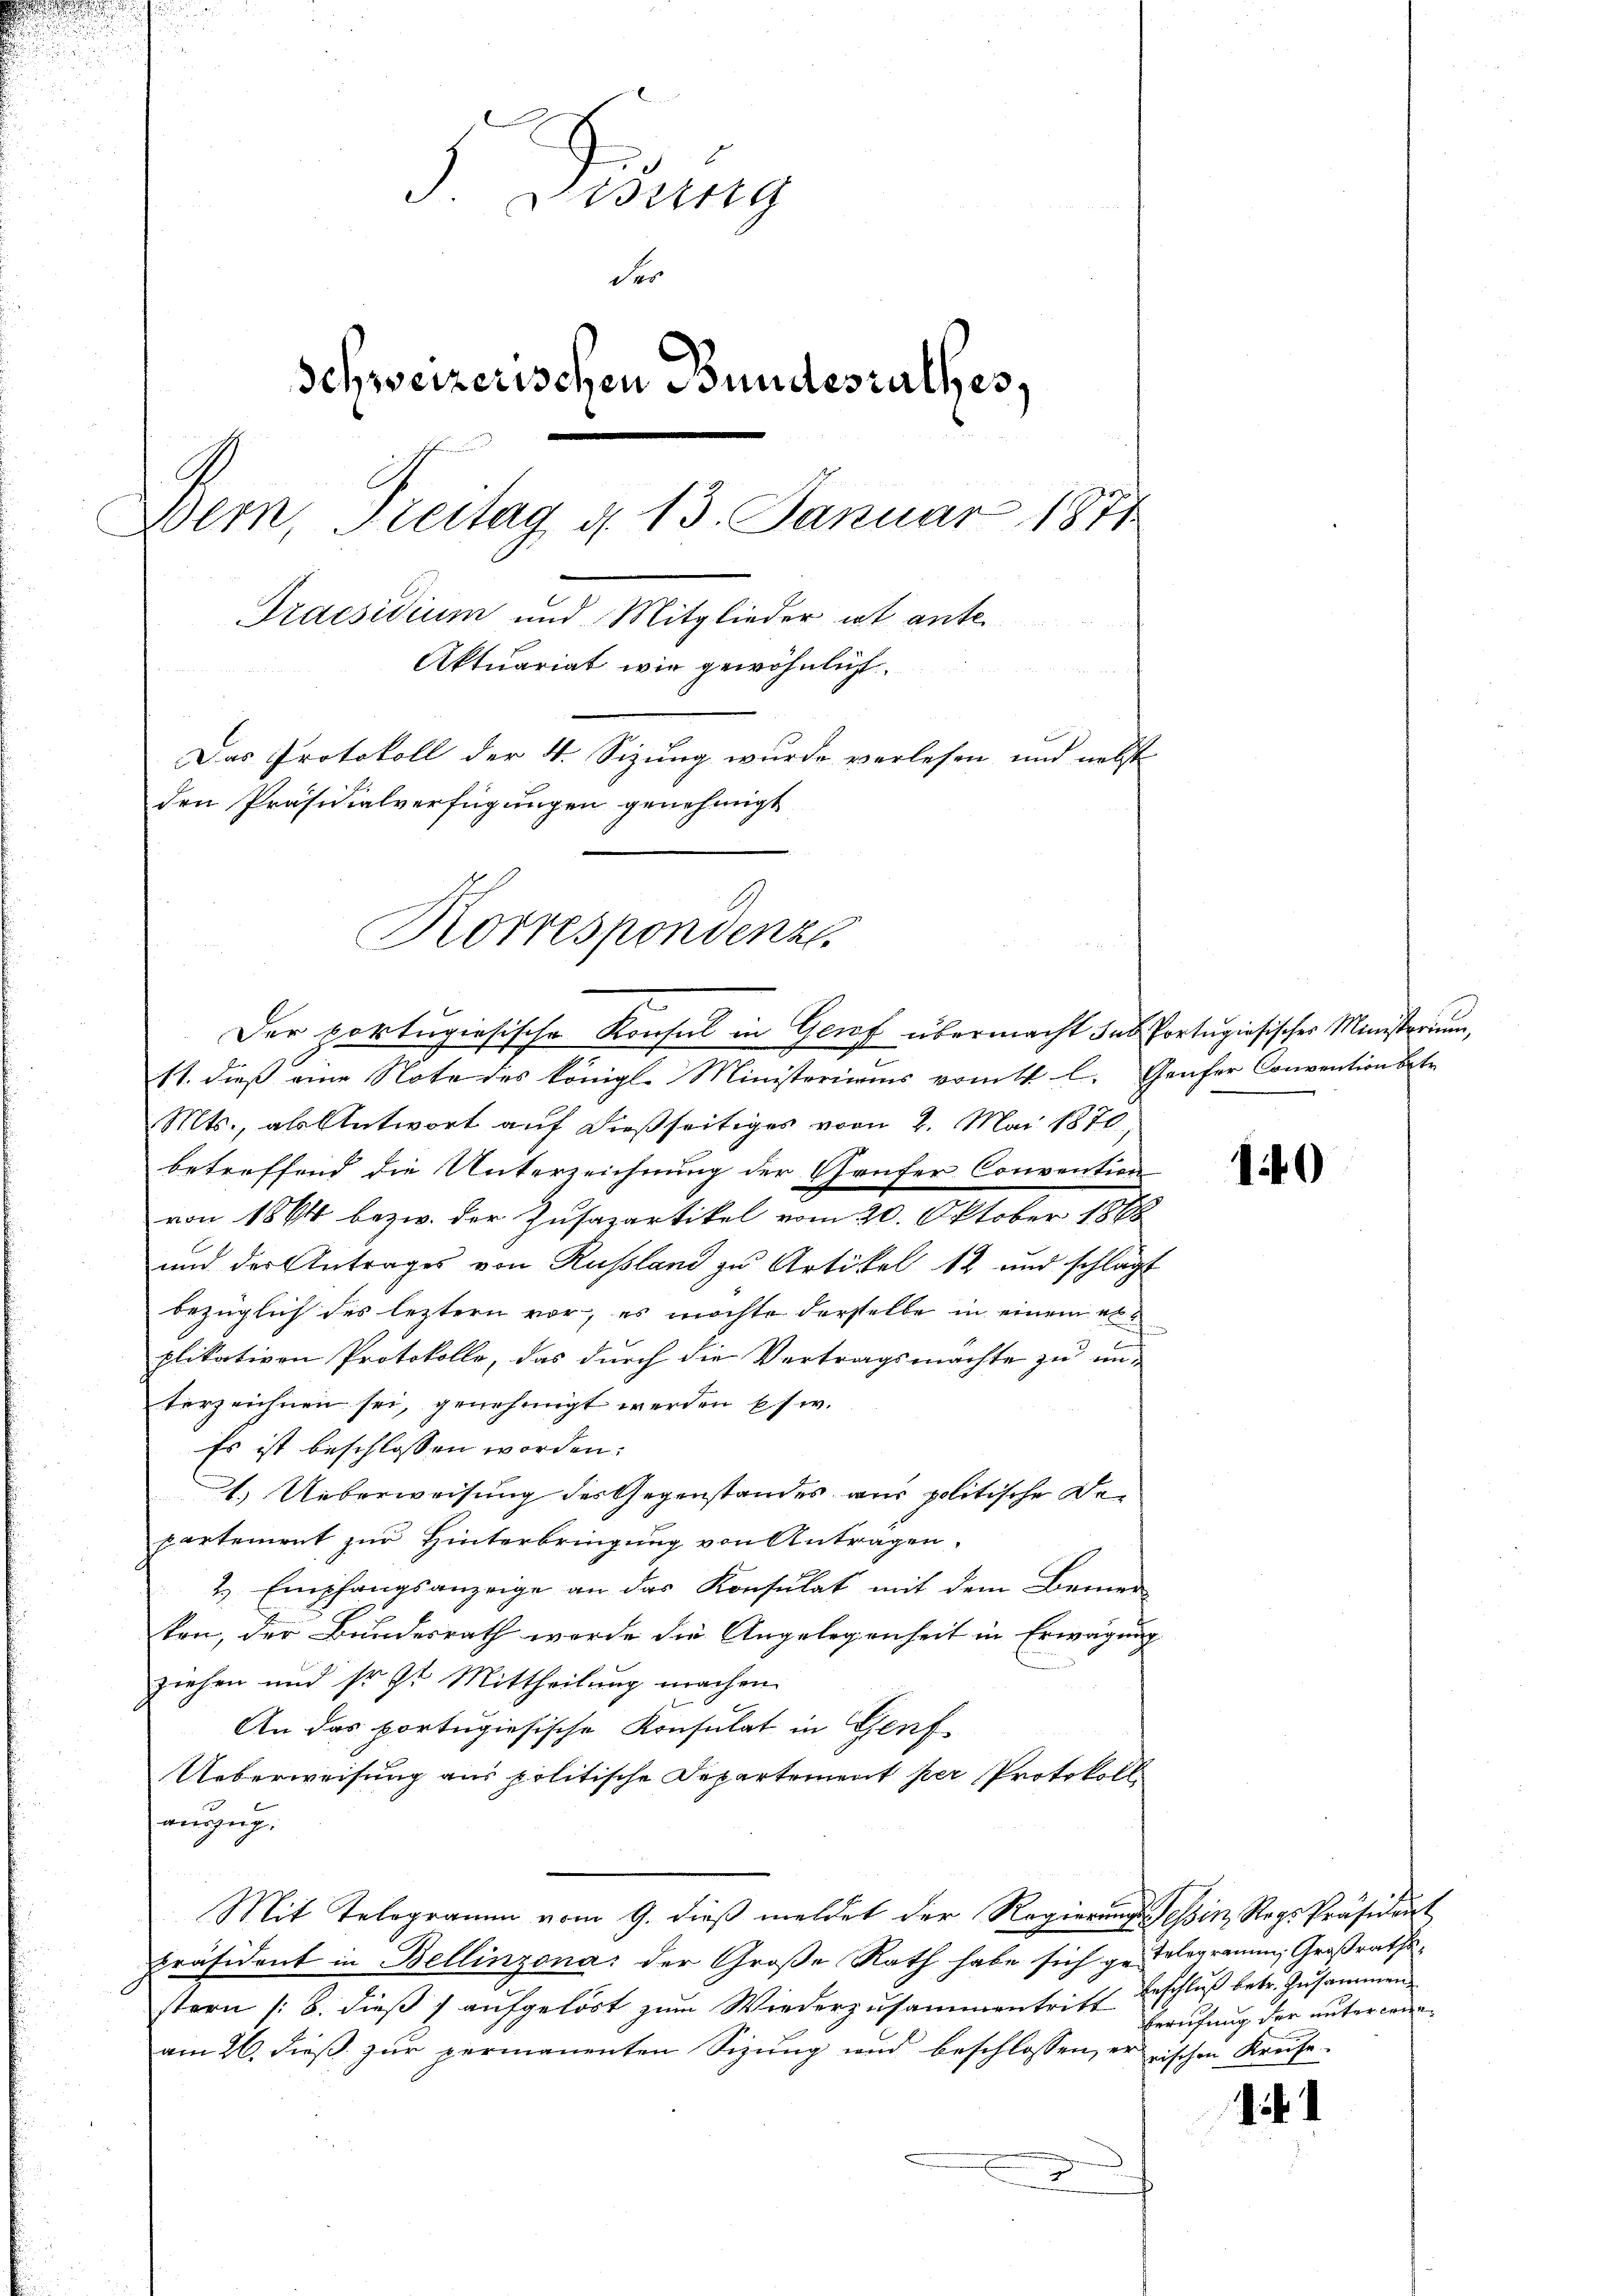
J. Beding
der
Schweizerischen Bundesrathes,
Dern, Freitag d. 13. Januar 1871
Praesidium und Mitglieder ist ante
Aktuariat wie gewöhnlich

Das Protokoll der 4. Sizung wurde verlesen und nebst
den Präsidialverfügungen genehmigt
Korrespondenze

Der portugisische Konsul in Genf übermacht das Portugiosisches Ministerium,
11. dieß eine Note des königl. Ministeriums vom 1 l. Genfer Conventionsstr
Mts., als Antwort auf dießseitiges vom 2. Mai 1870,
betreffend die Unterzeichnung der Genfer Convention
von 1864 bezw. der Zusazartikel vom 20. Oktober 1888
und der Antrages von Rußland zu Artikel 12 und schlagt
bezüglich des leztern vor, es möchte derselbe in einem erplikativen Protokolle, das durch die Vertragsmachte zu un-
terzeichnen sei, genehmigt werden es w.
Es ist beschlossen worden:
1.) Ueberweisung des Gegenstandes aus politische Departement zur Hinterbringung von Antragen.
2 Empfangsanzeige an das Konsulat mit dem Bemer
ken, der Bundesrath werde die Angelegenheit in Erwägung
ziehen und sr. Zt. Mittheilung machen.
An das portugiesische Konsulat in Genf
Ueberweisung aus politische Departement per Protokoll
auszug.
Mit Telegramm vom 9. dieß meldet der Regierungs Tessin, Rags-Präsident
Präsident in Bellinzona der Große Rath habe sich ge-Telegramm, Großrathsstern (S. dieß & aufgelöst zum Wiederzusammentritt
am 26. dieß zur permanenten Sizung und beschlossen, errischen Kreise

10

Beschluß betr. Zusammen
berufung der unterweige

1